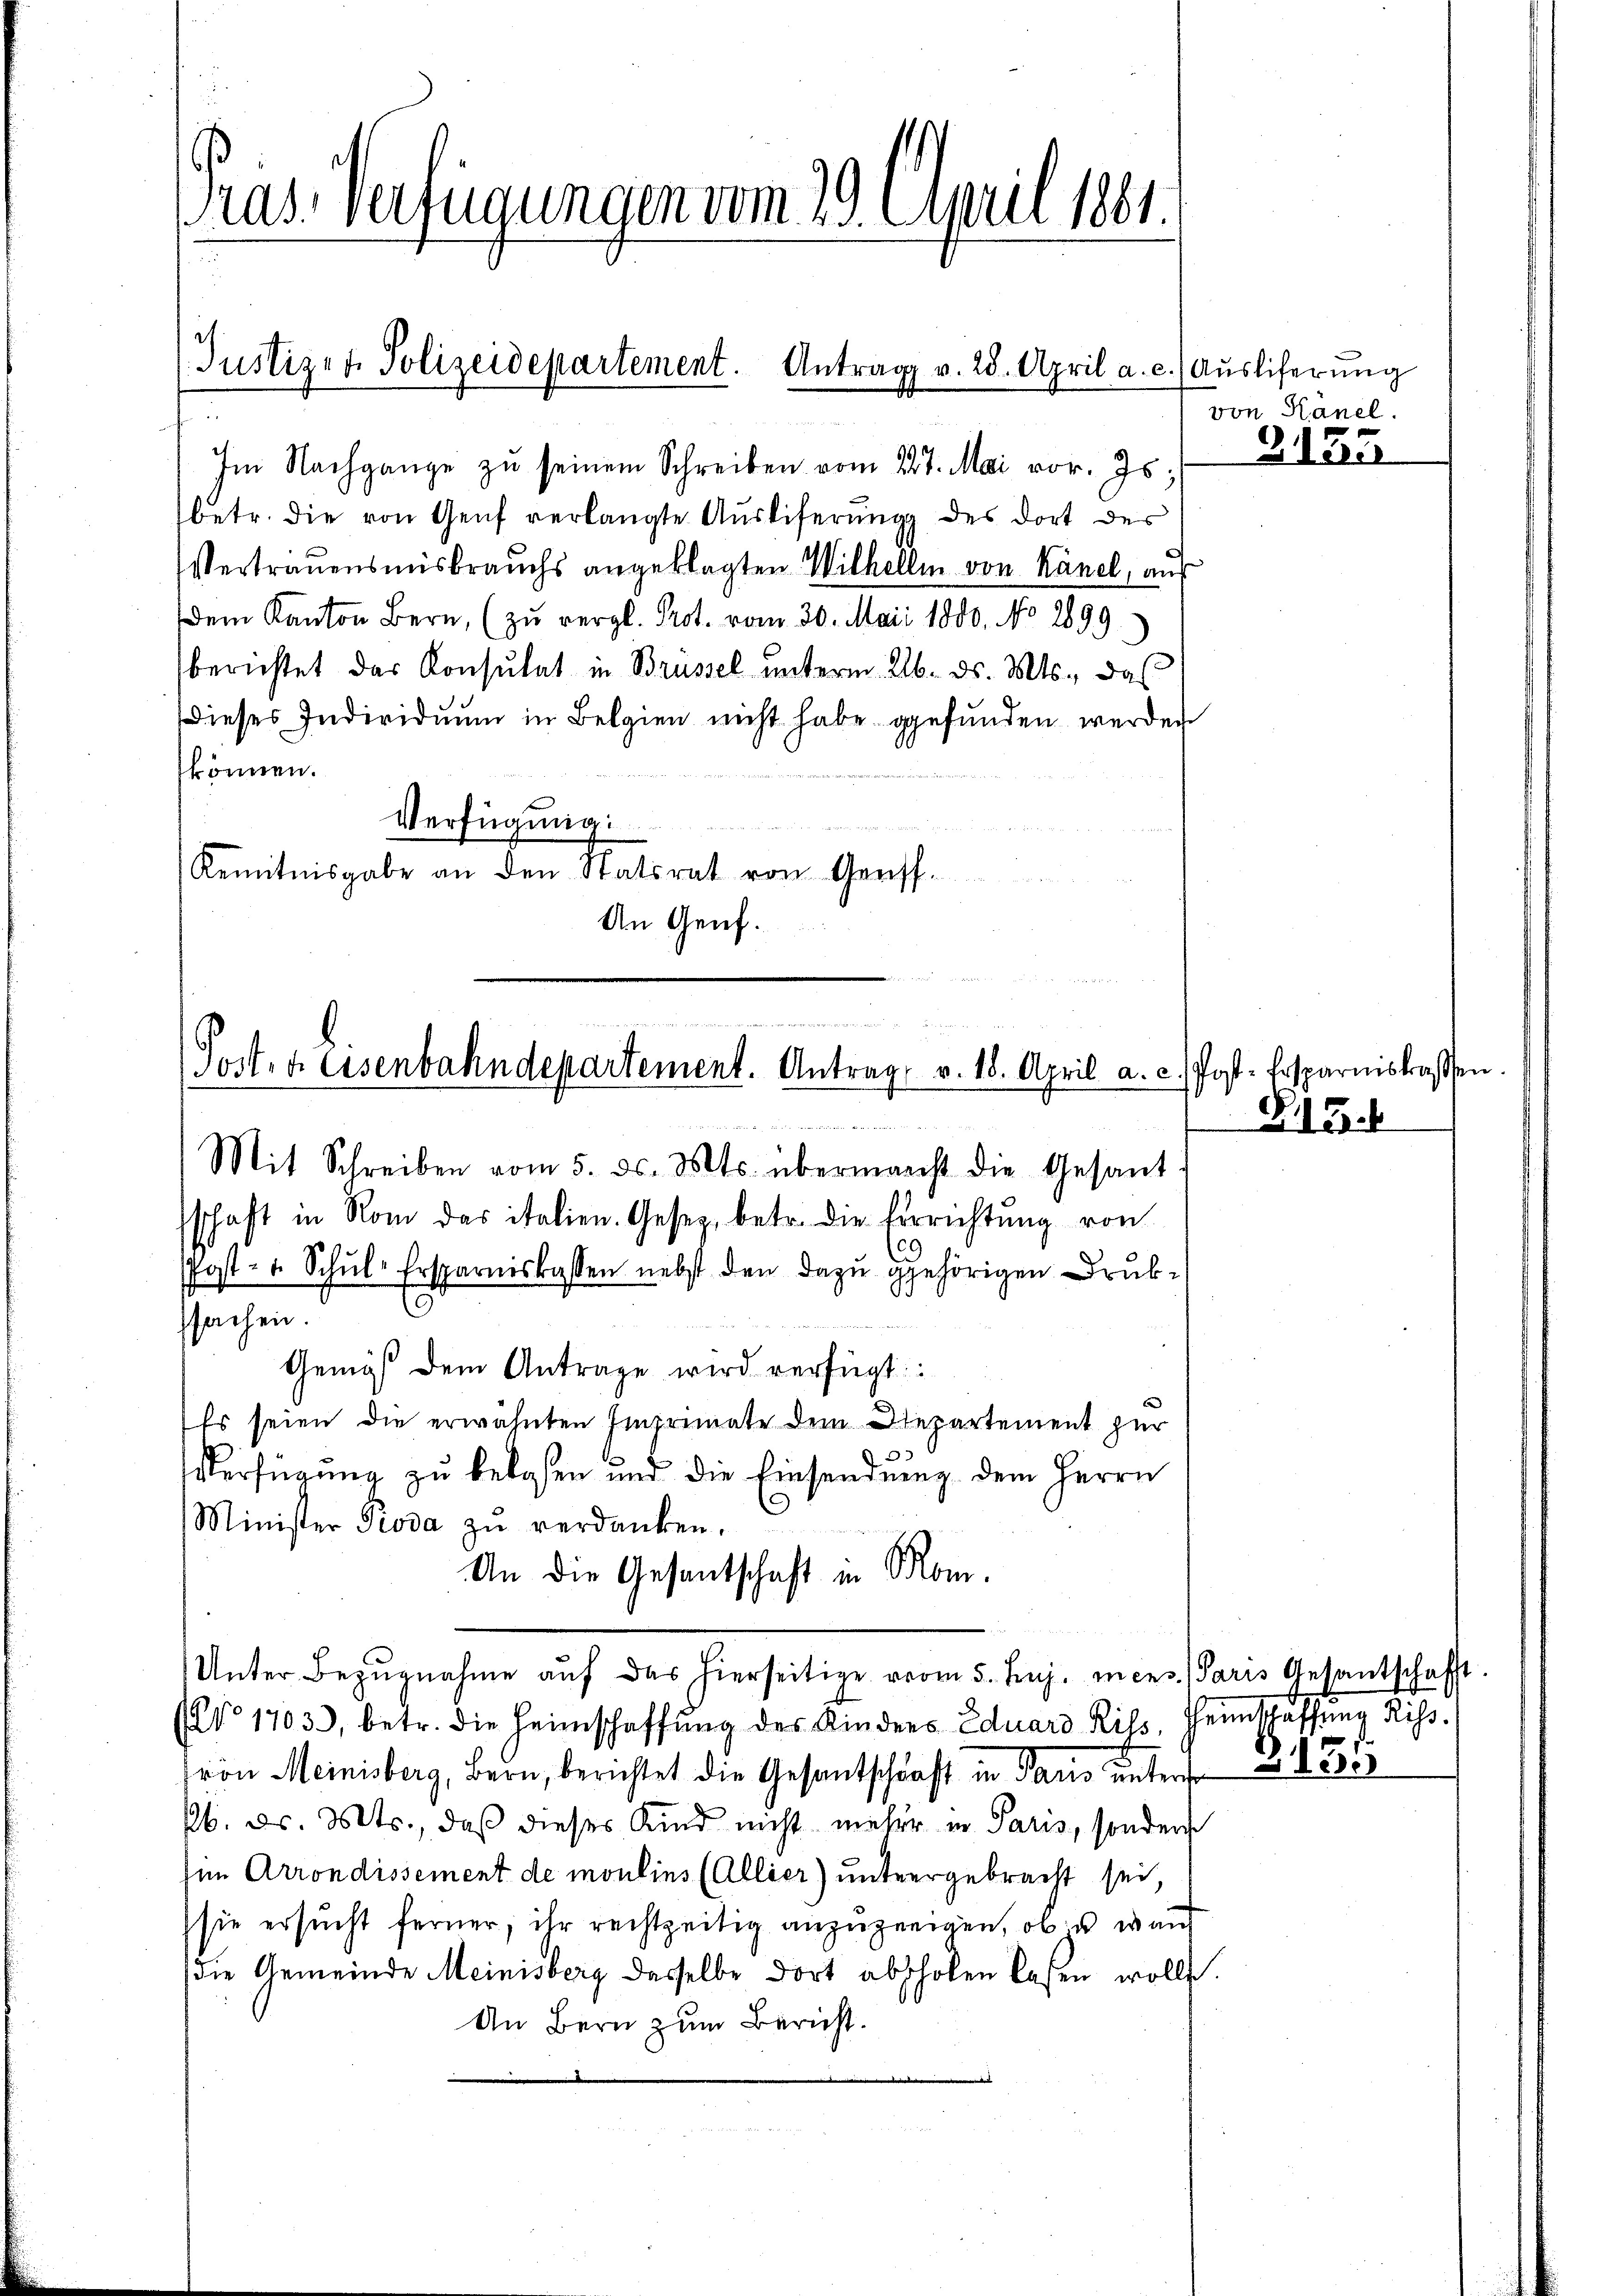
Pras Verfügungen vom 29. April 1881.

Justizen Polizeidepartement. Antrag v. 28. April a. c. Aŭsliferŭng

Posten Eisenbahndepartement. Antrag v. 18. April a. c.

Im Nachgange zŭ seinem Schreiben vom 27. Mai vor. Js.
betr. die von Genf verlangte Aŭsliferŭng des dort des
Vertrauensmisbrauchs angeklagten Wilhelli von Känel, auf
dem Kanton Bern, (zŭ vergl. Prot. vom 30. Mai 1800. No 2899
berichtet das Konsulat in Brüssel unterm 26. ds. Mts., das
dieses Individuum in Belgien nicht habe gefunden werden
können.
Verfügung:
Kenntnisgabe an den Statsrat von Geriff.
An Genf.

Mit Schreiben vom 5. ds. Mts. übermanst die Gesant-
schaft in Rom das italien. Gesetz, betr. die ferrichtung von
9
Post- u. Schŭl-Ersparniskassen nebst den dazu gehörigen Drub-
ssachen.
Genigs dem Antrage wird verfügt:
Es seien die erwähnten Imprimate dem Departement zur
Verfügung zu belasen und die Einsendung dem Herrn
Minister Pioda zŭ verdanken.
An die Gesantschaft in Mon.
Unter Bezugnahme auf das hierseitige vom 5. huj. mens. Paris Gesantschafft
(No 1703), betr. die Heimschaffŭng des Kinders Eduard Riss, Heinschaffŭng Riss.
ron Meinisberg, Bern, berichtet die Gesantschaft in Paris unters
b. d. Mts., daß dieses Kind nicht mehr in Paris, sondern
him Arrondissement de moulins (Allier) untergebracht sei,
sie ersucht ferner, ihr rechtzeitig anzuzeigen, ob u wach
die Gemeinde Meinisberg dasselbe dort abschoben lassen wollte.
An Bern zum Bericht.

von Hanel.
G135

Post-Ersparnistrassen
B.15.

35